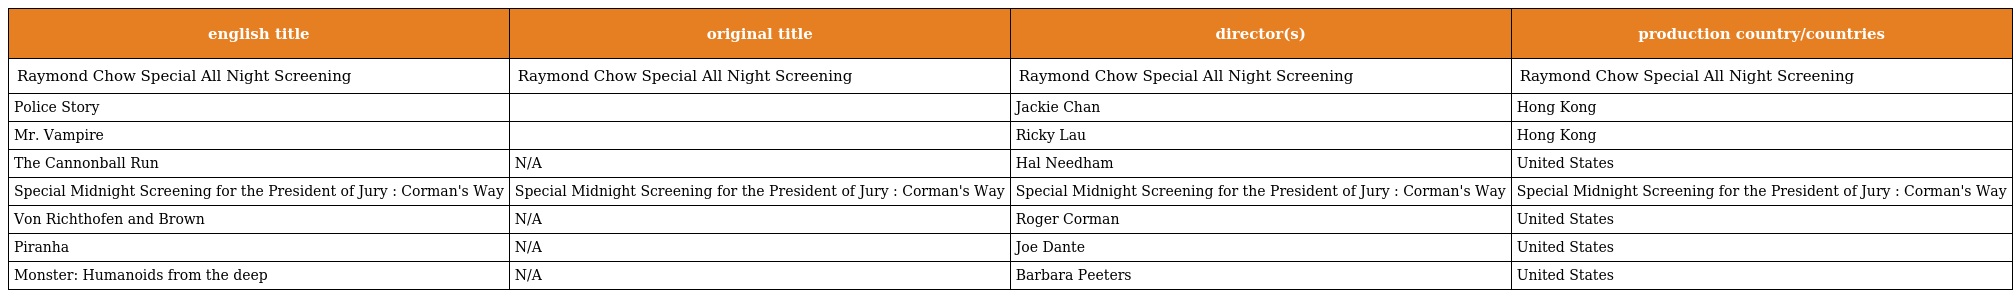
| english title | original title | director(s) | production country/countries |
 | --- | --- | --- | --- |
 | Raymond Chow Special All Night Screening | Raymond Chow Special All Night Screening | Raymond Chow Special All Night Screening | Raymond Chow Special All Night Screening |
 | Police Story | 警察故事 | Jackie Chan | Hong Kong |
 | Mr. Vampire | 疆屍先生 | Ricky Lau | Hong Kong |
 | The Cannonball Run | N/A | Hal Needham | United States |
 | Special Midnight Screening for the President of Jury : Corman's Way | Special Midnight Screening for the President of Jury : Corman's Way | Special Midnight Screening for the President of Jury : Corman's Way | Special Midnight Screening for the President of Jury : Corman's Way |
 | Von Richthofen and Brown | N/A | Roger Corman | United States |
 | Piranha | N/A | Joe Dante | United States |
 | Monster: Humanoids from the deep | N/A | Barbara Peeters | United States |